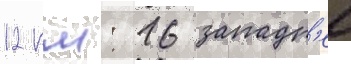
12 км: 16 западн'ее